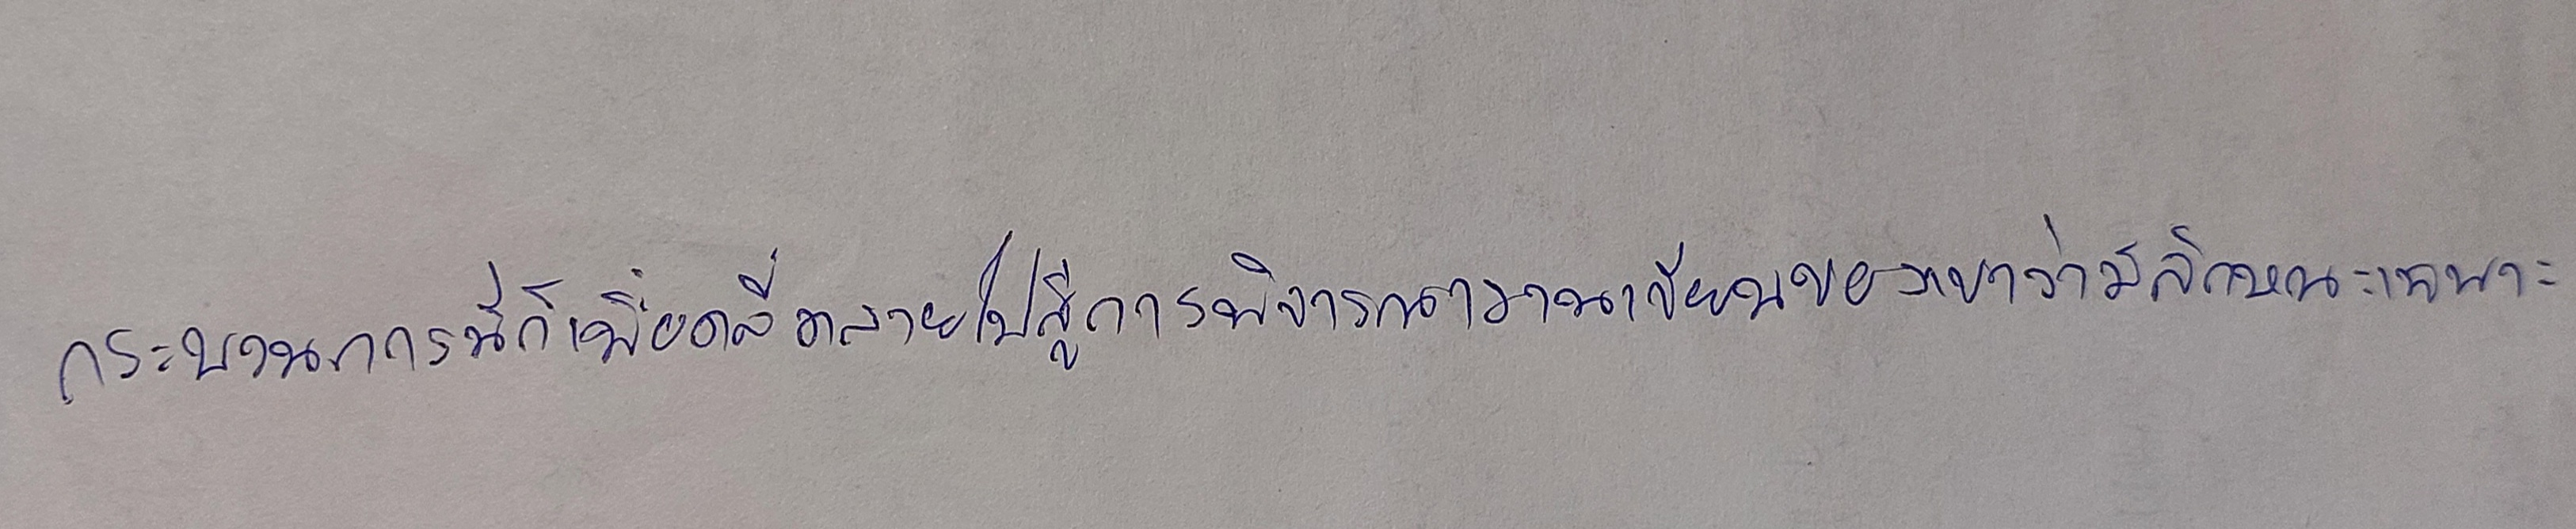
กระบวนการนี้ก็เพื่อคลี่คลายไปสู่การพิจารณางานเขียนของเขาว่ามีลักษณะเฉพาะ